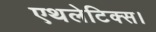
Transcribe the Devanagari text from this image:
एथलेटिक्स।